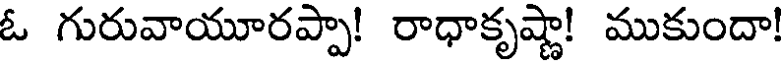
ఓ గురువాయూరప్పా! రాధాకృష్ణా! ముకుందా!